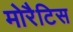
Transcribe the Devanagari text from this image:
मोरैटिस